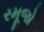
રમૂજો